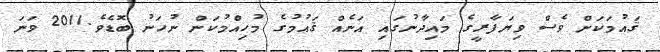
ޤައުމަކަށް ވެސް ވިޔަފާރީގެ މައިދާނުގައި އަނެއް ޤައުމުގެ މުހިއްމުކަން ނުހަނު ބޮޑެވެ.2011 ވަނަ